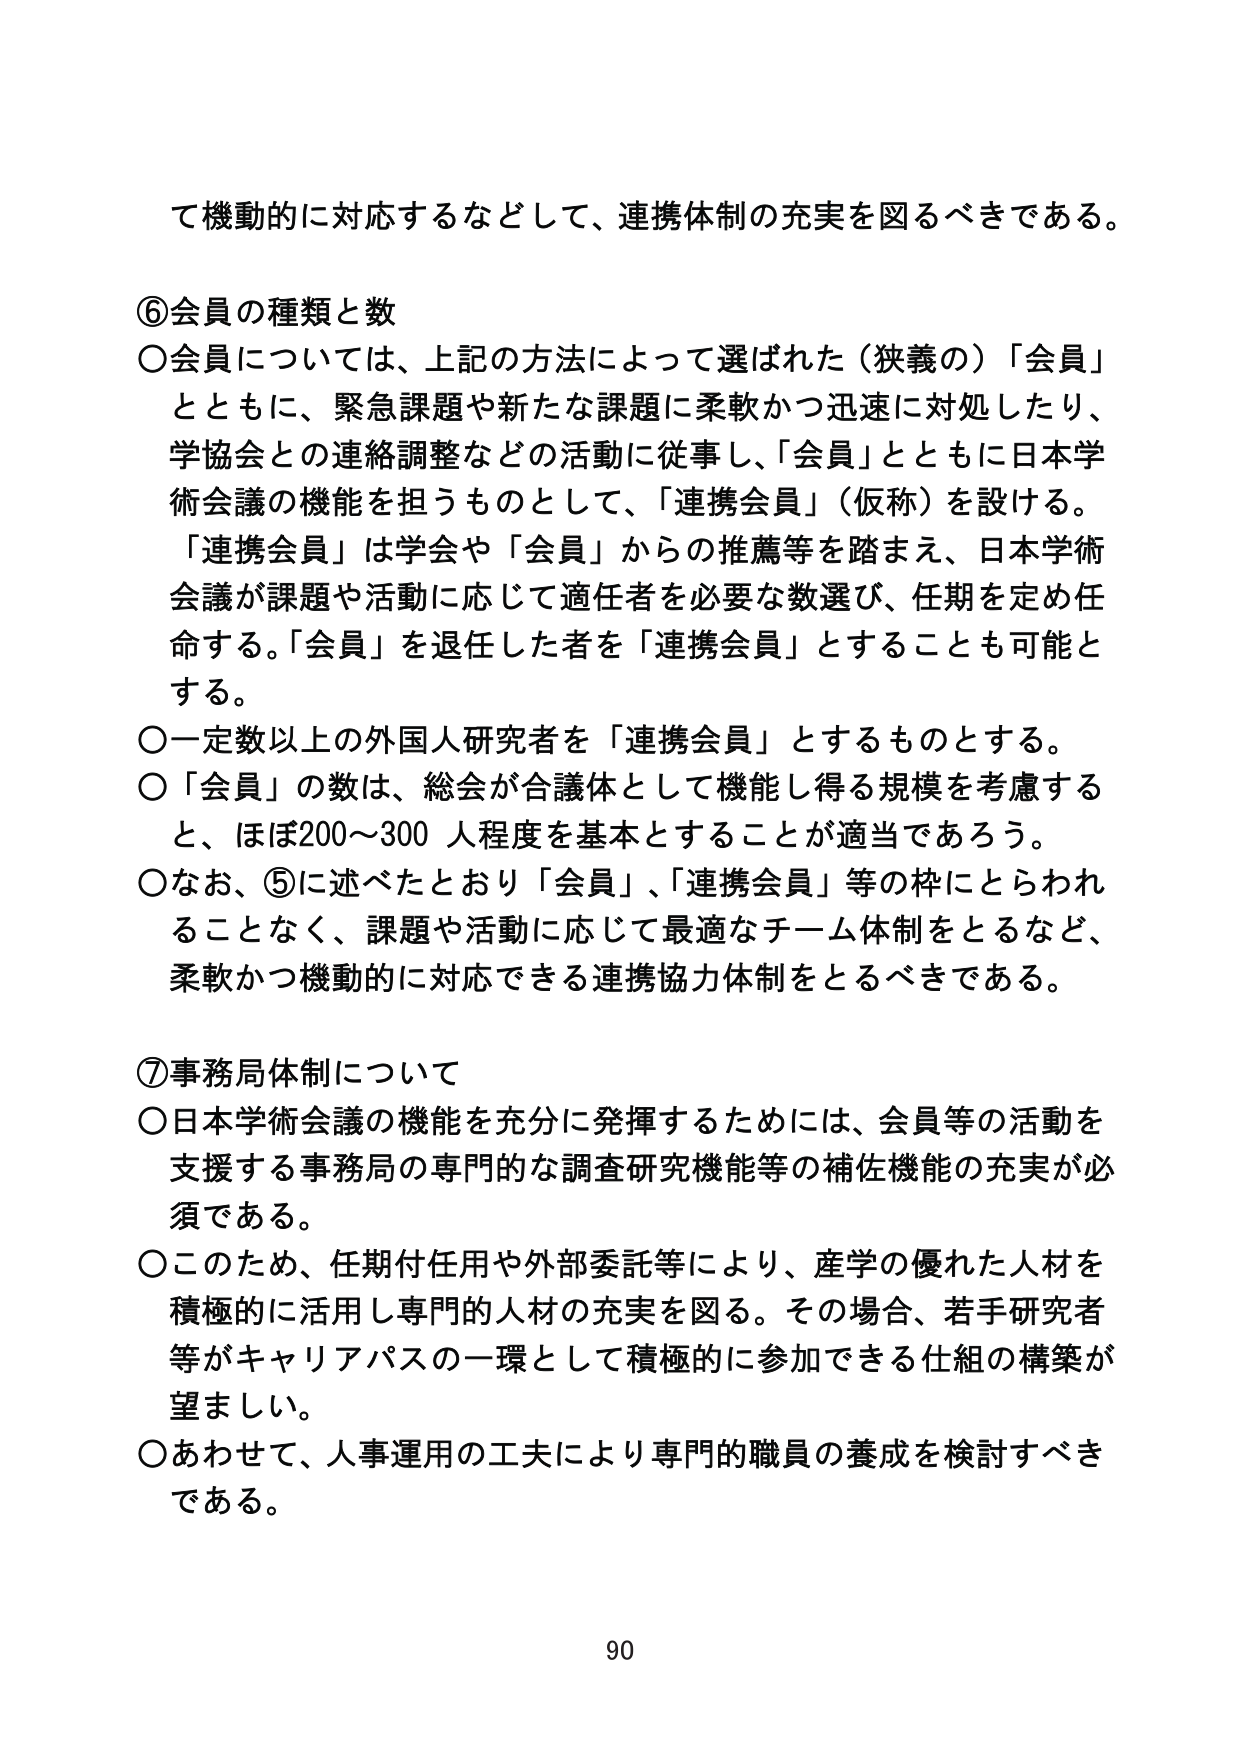
て機動的に対応するなどして、連携体制の充実を図るべきである。

⑥会員の種類と数
○会員については、上記の方法によって選ばれた（狭義の）「会員」とともに、緊急課題や新たな課題に柔軟かつ迅速に対処したり、学協会との連絡調整などの活動に従事し、「会員」とともに日本学術会議の機能を担うものとして、「連携会員」（仮称）を設ける。「連携会員」は学会や「会員」からの推薦等を踏まえ、日本学術会議が課題や活動に応じて適任者を必要な数選び、任期を定め任命する。「会員」を退任した者を「連携会員」とすることも可能とする。
○一定数以上の外国人研究者を「連携会員」とするものとする。
○「会員」の数は、総会が合議体として機能し得る規模を考慮すると、ほぼ200～300人程度を基本とすることが適当であろう。
○なお、⑤に述べたとおり「会員」、「連携会員」等の枠にとらわれることなく、課題や活動に応じて最適なチーム体制をとるなど、柔軟かつ機動的に対応できる連携協力体制をとるべきである。

⑦事務局体制について
○日本学術会議の機能を充分に発揮するためには、会員等の活動を支援する事務局の専門的な調査研究機能等の補佐機能の充実が必須である。
○このため、任期付任用や外部委託等により、産学の優れた人材を積極的に活用し専門的人材の充実を図る。その場合、若手研究者等がキャリアパスの一環として積極的に参加できる仕組の構築が望ましい。
○あわせて、人事運用の工夫により専門的職員の養成を検討すべきである。

90